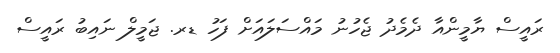
ރައީސް ޔާމީންއާ ދެމެދު ޖެހުނު މައްސަލައަށް ފަހު ޑރ. ޖަމީލް ނައިބު ރައީސް